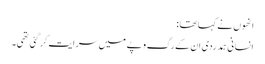
انھوں نے کہا تھا :
انسانی ہمدردی ان کے رگ و پے میں سرایت کر گئی تھی۔